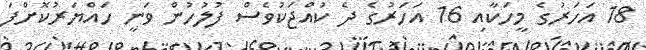
18 އަހަރުގެ މީހަކާއި 16 އަހަރުގެ ދެ ކުއްޖަކުވެސް ފުލުހުން ވަނީ ހައްޔަރުކޮށްފަ